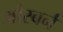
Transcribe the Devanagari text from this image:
औस्बर्न